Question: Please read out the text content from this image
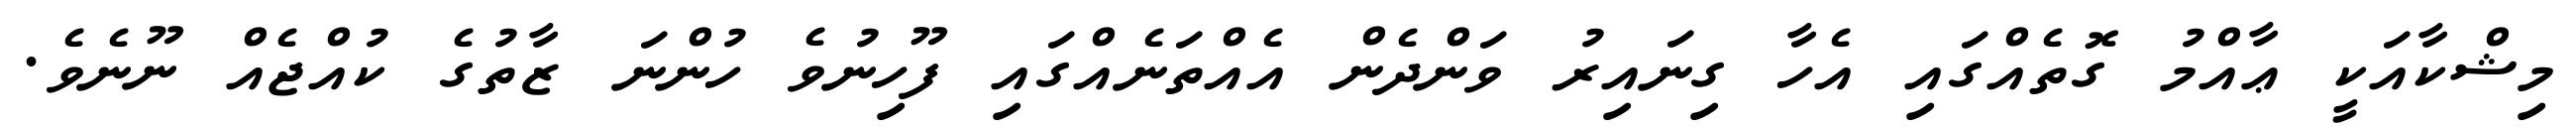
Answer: މިޝްކާއަކީ ޢާއްމު ގޮތެއްގައި އެހާ ގިނައިރު ވަންދެން އެއްތަނެއްގައި ފޫހިނުވެ ހުންނަ ޒާތުގެ ކުއްޖެއް ނޫނެވެ.